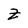
Character: Z